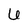
Character: 6